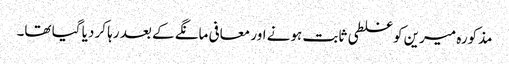
مذکورہ میرین کو غلطی ثابت ہونے اور معافی مانگے کے بعد رہا کر دیا گیا تھا۔